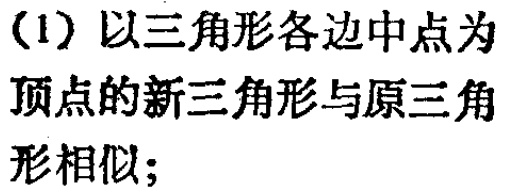
(1) 以三角形各边中点为顶点的新三角形与原三角形相似;